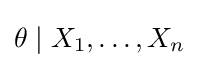
\theta \mid X_{1},\ldots ,X_{n}